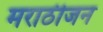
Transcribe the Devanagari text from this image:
मराठीजन